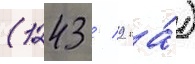
(1243 / 9 га́)